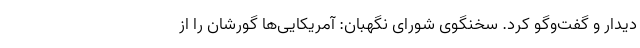
دیدار و گفت‌وگو کرد. سخنگوی شورای نگهبان: آمریکایی‌ها گورشان را از